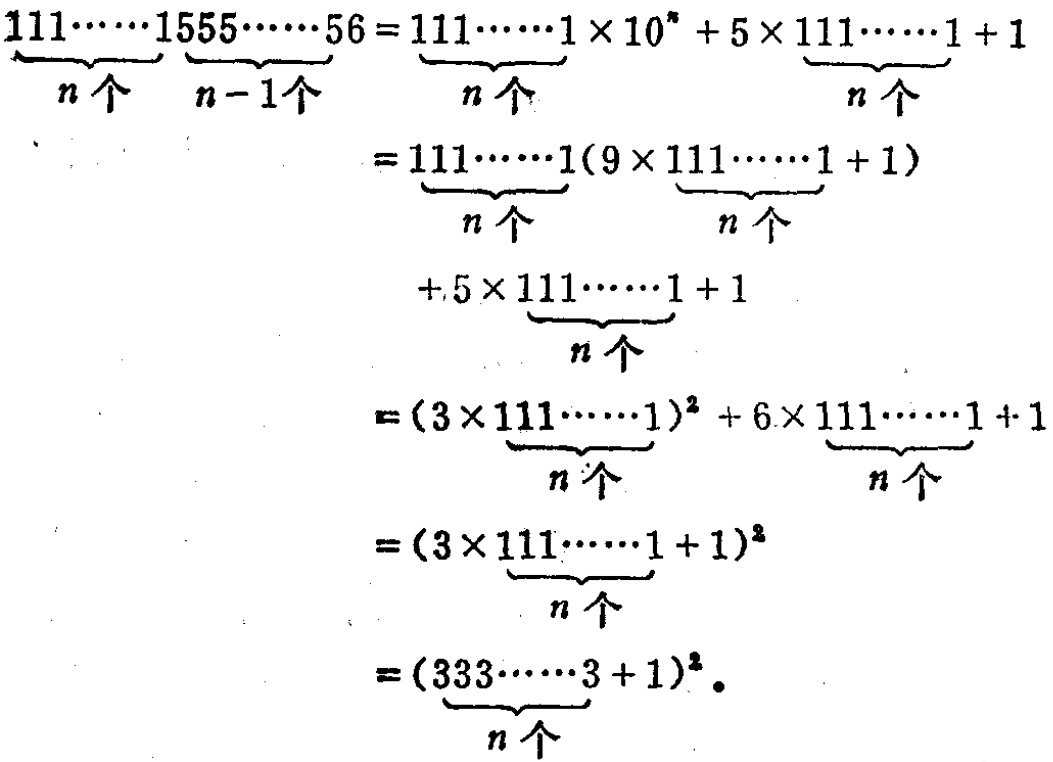
\begin{align*}

\underbrace{111\cdots1}_{n个}\underbrace{555\cdots5}_{n - 1个}6&=\underbrace{111\cdots1}_{n个}\times10^{n}+5\times\underbrace{111\cdots1}_{n个}+1\\

&=\underbrace{111\cdots1}_{n个}(9\times\underbrace{111\cdots1}_{n个}+1)\\

&+5\times\underbrace{111\cdots1}_{n个}+1\\

&=(3\times\underbrace{111\cdots1}_{n个})^{2}+6\times\underbrace{111\cdots1}_{n个}+1\\

&=(3\times\underbrace{111\cdots1}_{n个}+1)^{2}\\

&=(\underbrace{333\cdots3}_{n个}+1)^{2}.

\end{align*}